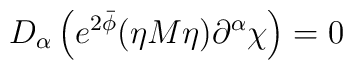
D_{\alpha }\left( e^{2\bar{\phi}}(\eta M\eta )\partial ^{\alpha }\chi\right) =0